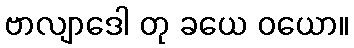
ဗာလျာဒေါ တု ခယေ ဝယော။